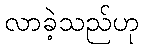
လာခဲ့သည်ဟု